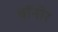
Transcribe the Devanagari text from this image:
बॉनोर